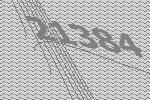
21384